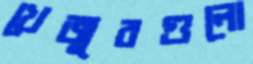
খেজুরগুলো